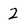
Character: 2